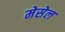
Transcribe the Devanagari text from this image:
मेसेल